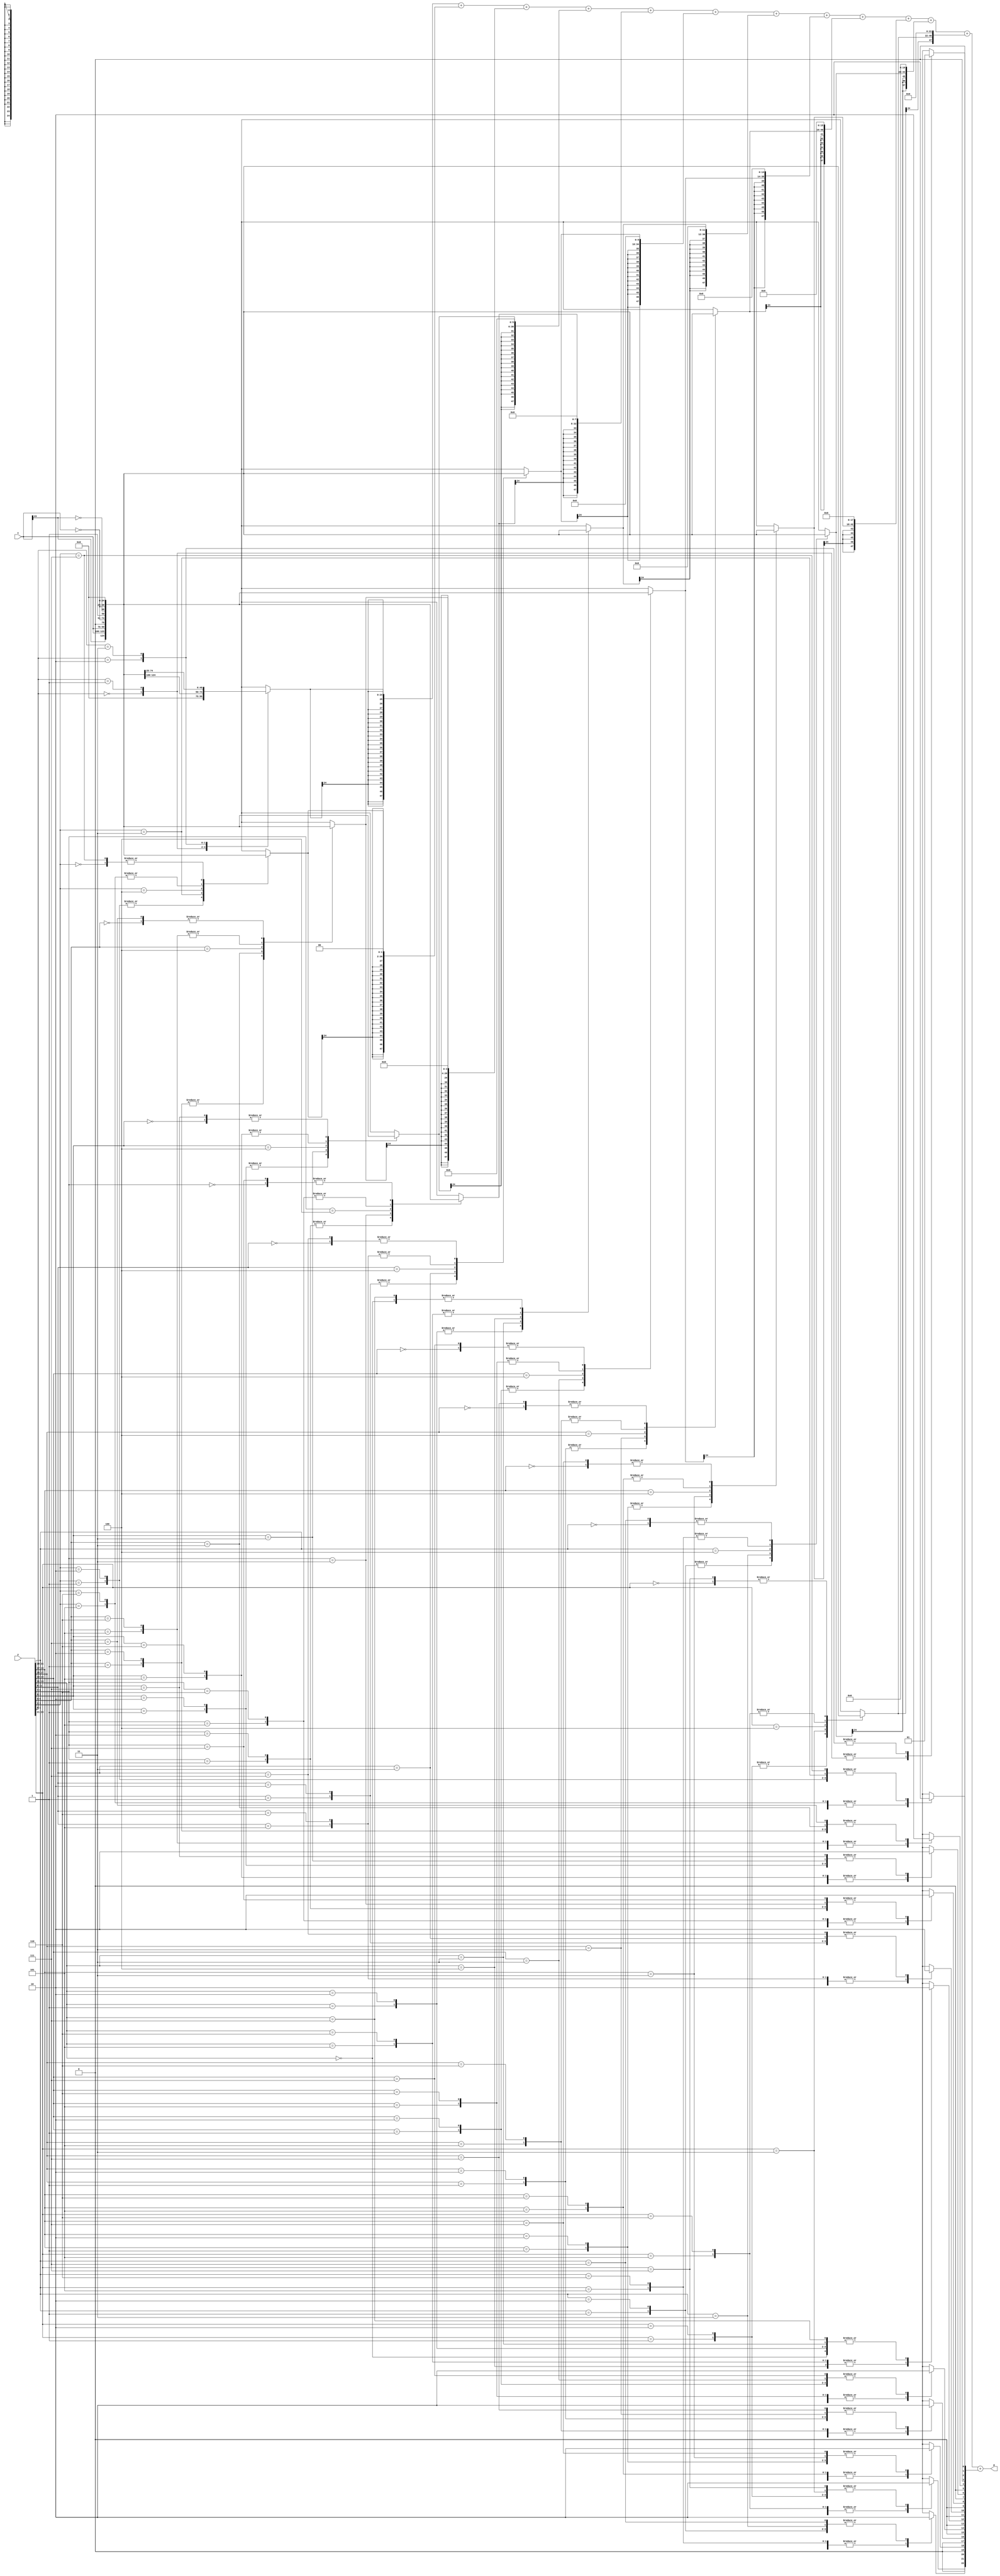
// behavioral model for a Booth-encoded 24x24 fixed width signed multiplier
// 24-bit output => interpreted as a 24-bit signed number

module booth24f(x, y, p);

input  [23:0] x, y;
output [47:0] p;
//output [23:0] p;

reg [24:0] a, b, c, d , e, f , g , h , i , j , k , l;
reg u0, u1, u2, u3, u4 , u5 , u6 ,  u7 , u8 , u9 , u10 , u11;
reg [11:0] y1;

wire [5:0] sum;
wire [47:0] pp0,pp1,pp2,pp3,pp4,pp5,pp6,pp7,pp8,pp9,pp10,pp11,pp12;
wire a_carry_0, a_carry_1 , a_carry_2 , a_carry_3 , a_carry_4 , a_carry_5;

wire [6:0]   s1;
wire [8:0]   s2;
wire [10:0]  s3;
wire [12:0]  s4;
wire [14:0]  s5;
wire [16:0]  s6;
wire [18:0]  s7;
wire [20:0]  s8;
wire [22:0]  s9;
wire [24:0]  s10;

wire [6:0]   c1;
wire [8:0]   c2;
wire [10:0]  c3;
wire [12:0]  c4;
wire [14:0]  c5;
wire [16:0]  c6;
wire [18:0]  c7;
wire [20:0]  c8;
wire [22:0]  c9;
wire [24:0]  c10;

// perform the booth encoding
always @(x or y) begin

case (y[1:0])
2'b00 : begin a = 25'b000000000000000000000000; u0 = 0; y1[0]=0; end // 0
2'b01 : begin a = {x[23], x[23:0]};  u0 = 0;            y1[0]=1; end // 1
2'b10 : begin a = {~x[23:0], 1'b1}; u0 = 1;             y1[0]=1; end // -2
2'b11 : begin a = {~x[23], ~x[23:0]}; u0 = 1;           y1[0]=1; end // -1
endcase

case (y[3:1])
3'b000 : begin b = 25'b000000000000000000000000; u1 = 0; y1[1] = 0; end // 0
3'b001 : begin b = {x[23], x[23:0]}; u1 = 0;  y1[1] = 1; end // 1
3'b010 : begin b = {x[23], x[23:0]}; u1 = 0; y1[1] = 1; end // 1
3'b011 : begin b = {x[23:0], 1'b0}; u1 = 0; y1[1] = 1; end // 2
3'b100 : begin b = {~x[23:0], 1'b1}; u1 = 1; y1[1] = 1; end // -2
3'b101 : begin b = {~x[23], ~x[23:0]}; u1 = 1; y1[1] = 1; end // -1
3'b110 : begin b = {~x[23], ~x[23:0]}; u1 = 1; y1[1] = 1; end // -1
3'b111 : begin b = 25'b000000000000000000000000; u1 = 0;  y1[1] = 0; end // 0
endcase

case (y[5:3])
3'b000 : begin c = 25'b000000000000000000000000; u2 = 0; y1[2] = 0; end // 0
3'b001 : begin c = {x[23], x[23:0]}; u2 = 0;  y1[2] = 1; end // 1
3'b010 : begin c = {x[23], x[23:0]}; u2 = 0; y1[2] = 1; end // 1
3'b011 : begin c = {x[23:0], 1'b0}; u2 = 0; y1[2] = 1; end // 2
3'b100 : begin c = {~x[23:0], 1'b1}; u2 = 1; y1[2] = 1; end // -2
3'b101 : begin c = {~x[23], ~x[23:0]}; u2 = 1; y1[2] = 1; end // -1
3'b110 : begin c = {~x[23], ~x[23:0]}; u2 = 1; y1[2] = 1; end // -1
3'b111 : begin c = 25'b000000000000000000000000; u2 = 0;  y1[2] = 0; end // 0
endcase

case (y[7:5])
3'b000 : begin d = 25'b000000000000000000000000; u3 = 0; y1[3] = 0; end // 0
3'b001 : begin d = {x[23], x[23:0]}; u3 = 0;  y1[3] = 1; end // 1
3'b010 : begin d = {x[23], x[23:0]}; u3 = 0; y1[3] = 1; end // 1
3'b011 : begin d = {x[23:0], 1'b0}; u3 = 0; y1[3] = 1; end // 2
3'b100 : begin d = {~x[23:0], 1'b1}; u3 = 1; y1[3] = 1; end // -2
3'b101 : begin d = {~x[23], ~x[23:0]}; u3 = 1; y1[3] = 1; end // -1
3'b110 : begin d = {~x[23], ~x[23:0]}; u3 = 1; y1[3] = 1; end // -1
3'b111 : begin d = 25'b000000000000000000000000; u3 = 0;  y1[3] = 0; end // 0
endcase


case (y[9:7])
3'b000 : begin e = 25'b000000000000000000000000; u4 = 0; y1[4] = 0; end // 0
3'b001 : begin e = {x[23], x[23:0]}; u4 = 0;  y1[4] = 1; end // 1
3'b010 : begin e = {x[23], x[23:0]}; u4 = 0; y1[4] = 1; end // 1
3'b011 : begin e = {x[23:0], 1'b0}; u4 = 0; y1[4] = 1; end // 2
3'b100 : begin e = {~x[23:0], 1'b1}; u4 = 1; y1[4] = 1; end // -2
3'b101 : begin e = {~x[23], ~x[23:0]}; u4 = 1; y1[4] = 1; end // -1
3'b110 : begin e = {~x[23], ~x[23:0]}; u4 = 1; y1[4] = 1; end // -1
3'b111 : begin e = 25'b000000000000000000000000; u4 = 0;  y1[4] = 0; end // 0
endcase

case (y[11:9])
3'b000 : begin f = 25'b000000000000000000000000; u5 = 0; y1[5] = 0; end // 0
3'b001 : begin f = {x[23], x[23:0]}; u5 = 0;  y1[5] = 1; end // 1
3'b010 : begin f = {x[23], x[23:0]}; u5 = 0; y1[5] = 1; end // 1
3'b011 : begin f = {x[23:0], 1'b0}; u5 = 0; y1[5] = 1; end // 2
3'b100 : begin f = {~x[23:0], 1'b1}; u5 = 1; y1[5] = 1; end // -2
3'b101 : begin f = {~x[23], ~x[23:0]}; u5 = 1; y1[5] = 1; end // -1
3'b110 : begin f = {~x[23], ~x[23:0]}; u5 = 1; y1[5] = 1; end // -1
3'b111 : begin f = 25'b000000000000000000000000; u5 = 0;  y1[5] = 0; end // 0
endcase

case (y[13:11])
3'b000 : begin g = 25'b000000000000000000000000; u6 = 0; y1[6] = 0; end // 0
3'b001 : begin g = {x[23], x[23:0]}; u6 = 0;  y1[6] = 1; end // 1
3'b010 : begin g = {x[23], x[23:0]}; u6 = 0; y1[6] = 1; end // 1
3'b011 : begin g = {x[23:0], 1'b0}; u6 = 0; y1[6] = 1; end // 2
3'b100 : begin g = {~x[23:0], 1'b1}; u6 = 1; y1[6] = 1; end // -2
3'b101 : begin g = {~x[23], ~x[23:0]}; u6 = 1; y1[6] = 1; end // -1
3'b110 : begin g = {~x[23], ~x[23:0]}; u6 = 1; y1[6] = 1; end // -1
3'b111 : begin g = 25'b000000000000000000000000; u6 = 0;  y1[6] = 0; end // 0
endcase

case (y[15:13])
3'b000 : begin h = 25'b000000000000000000000000; u7 = 0; y1[7] = 0; end // 0
3'b001 : begin h = {x[23], x[23:0]}; u7 = 0;  y1[7] = 1; end // 1
3'b010 : begin h = {x[23], x[23:0]}; u7 = 0; y1[7] = 1; end // 1
3'b011 : begin h = {x[23:0], 1'b0}; u7 = 0; y1[7] = 1; end // 2
3'b100 : begin h = {~x[23:0], 1'b1}; u7 = 1; y1[7] = 1; end // -2
3'b101 : begin h = {~x[23], ~x[23:0]}; u7 = 1; y1[7] = 1; end // -1
3'b110 : begin h = {~x[23], ~x[23:0]}; u7 = 1; y1[7] = 1; end // -1
3'b111 : begin h = 25'b000000000000000000000000; u7 = 0;  y1[7] = 0; end // 0
endcase

case (y[17:15])
3'b000 : begin i = 25'b000000000000000000000000; u8 = 0; y1[8] = 0; end // 0
3'b001 : begin i = {x[23], x[23:0]}; u8 = 0;  y1[8] = 1; end // 1
3'b010 : begin i = {x[23], x[23:0]}; u8 = 0; y1[8] = 1; end // 1
3'b011 : begin i = {x[23:0], 1'b0}; u8 = 0; y1[8] = 1; end // 2
3'b100 : begin i = {~x[23:0], 1'b1}; u8 = 1; y1[8] = 1; end // -2
3'b101 : begin i = {~x[23], ~x[23:0]}; u8 = 1; y1[8] = 1; end // -1
3'b110 : begin i = {~x[23], ~x[23:0]}; u8 = 1; y1[8] = 1; end // -1
3'b111 : begin i = 25'b000000000000000000000000; u8 = 0;  y1[8] = 0; end // 0
endcase

case (y[19:17])
3'b000 : begin j = 25'b000000000000000000000000; u9 = 0; y1[9] = 0; end // 0
3'b001 : begin j = {x[23], x[23:0]}; u9 = 0;  y1[9] = 1; end // 1
3'b010 : begin j = {x[23], x[23:0]}; u9 = 0; y1[9] = 1; end // 1
3'b011 : begin j = {x[23:0], 1'b0}; u9 = 0; y1[9] = 1; end // 2
3'b100 : begin j = {~x[23:0], 1'b1}; u9 = 1; y1[9] = 1; end // -2
3'b101 : begin j = {~x[23], ~x[23:0]}; u9 = 1; y1[9] = 1; end // -1
3'b110 : begin j = {~x[23], ~x[23:0]}; u9 = 1; y1[9] = 1; end // -1
3'b111 : begin j = 25'b000000000000000000000000; u9 = 0;  y1[9] = 0; end // 0
endcase

case (y[21:19])
3'b000 : begin k = 25'b000000000000000000000000; u10 = 0; y1[10] = 0; end // 0
3'b001 : begin k = {x[23], x[23:0]}; u10 = 0;  y1[10] = 1; end // 1
3'b010 : begin k = {x[23], x[23:0]}; u10 = 0; y1[10] = 1; end // 1
3'b011 : begin k = {x[23:0], 1'b0}; u10 = 0; y1[10] = 1; end // 2
3'b100 : begin k = {~x[23:0], 1'b1}; u10 = 1; y1[10] = 1; end // -2
3'b101 : begin k = {~x[23], ~x[23:0]}; u10 = 1; y1[10] = 1; end // -1
3'b110 : begin k = {~x[23], ~x[23:0]}; u10 = 1; y1[10] = 1; end // -1
3'b111 : begin k = 25'b000000000000000000000000; u10 = 0;  y1[10] = 0; end // 0
endcase

case (y[23:21])
3'b000 : begin l = 25'b000000000000000000000000; u11 = 0; y1[11] = 0; end // 0
3'b001 : begin l = {x[23], x[23:0]}; u11 = 0;  y1[11] = 1; end // 1
3'b010 : begin l = {x[23], x[23:0]}; u11 = 0; y1[11] = 1; end // 1
3'b011 : begin l = {x[23:0], 1'b0}; u11 = 0; y1[11] = 1; end // 2
3'b100 : begin l = {~x[23:0], 1'b1}; u11 = 1; y1[11] = 1; end // -2
3'b101 : begin l = {~x[23], ~x[23:0]}; u11 = 1; y1[11] = 1; end // -1
3'b110 : begin l = {~x[23], ~x[23:0]}; u11 = 1; y1[11] = 1; end // -1
3'b111 : begin l = 25'b000000000000000000000000; u11 = 0;  y1[11] = 0; end // 0
endcase
end 


assign pp0 = {
a[24],
a[24],
a[24],
a[24],
a[24],
a[24],
a[24],
a[24],
a[24],
a[24],
a[24],
a[24],
a[24],
a[24],
a[24],
a[24],
a[24],
a[24],
a[24],
a[24],
a[24],
a[24],
a[24],
a[24:0]};

assign pp1 = {
b[24],
b[24],
b[24],
b[24],
b[24],
b[24],
b[24],
b[24],
b[24],
b[24],
b[24],
b[24],
b[24],
b[24],
b[24],
b[24],
b[24],
b[24],
b[24],
b[24],
b[24],
b[24:0],
2'b00};

assign pp2 = {
c[24],
c[24],
c[24],
c[24],
c[24],
c[24],
c[24],
c[24],
c[24],
c[24],
c[24],
c[24],
c[24],
c[24],
c[24],
c[24],
c[24],
c[24],
c[24],
c[24:0],
4'b0000
};

assign pp3 = {
d[24],
d[24],
d[24],
d[24],
d[24],
d[24],
d[24],
d[24],
d[24],
d[24],
d[24],
d[24],
d[24],
d[24],
d[24],
d[24],
d[24],
d[24:0],
6'b0
};

assign pp4 = {
e[24],
e[24],
e[24],
e[24],
e[24],
e[24],
e[24],
e[24],
e[24],
e[24],
e[24],
e[24],
e[24],
e[24],
e[24],
e[24:0],
8'b0
};

assign pp5 = {
f[24],
f[24],
f[24],
f[24],
f[24],
f[24],
f[24],
f[24],
f[24],
f[24],
f[24],
f[24],
f[24],
f[24:0],
10'b0
};

assign pp6 ={
g[24],
g[24],
g[24],
g[24],
g[24],
g[24],
g[24],
g[24],
g[24],
g[24],
g[24],
g[24:0],
12'b0
};

assign pp7 ={
h[24],
h[24],
h[24],
h[24],
h[24],
h[24],
h[24],
h[24],
h[24],
h[24:0],
14'b0
};

assign pp8 ={
i[24],
i[24],
i[24],
i[24],
i[24],
i[24],
i[24],
i[24:0],
16'b0
};

assign pp9 ={
j[24],
j[24],
j[24],
j[24],
j[24],
j[24:0],
18'b0
};

assign pp10 ={
k[24],
k[24],
k[24],
k[24:0],
20'b0
};

assign pp11 ={
l[24],
l[24:0],
22'b0
};

assign pp12 = {
25'b0,u11,
1'b0,u10,
1'b0,u9,
1'b0,u8,
1'b0,u7,
1'b0,u6,
1'b0,u5,
1'b0,u4,
1'b0,u3,
1'b0,u2,
1'b0,u1,
1'b0,u0
};

assign p =pp0+pp1+pp2+pp3+pp4+pp5+pp6+pp7+pp8+pp9+pp10+pp11+pp12;

endmodule

//always@(*)
//begin

//fulladd fa0(sum[0], 0, y1[0], y1[1], y1[2]);
//fulladd fa1(sum[1], 0, y1[3], y1[4], y1[5]);
//fulladd fa2(sum[2], 0, y1[6], y1[7], y1[8]);
//fulladd fa3(sum[3], 0, y1[9], y1[10], y1[11]);
//fulladd fa4(sum[4], 0, sum[0], sum[1], sum[2]);
//fulladd fa5(sum[5], 0, sum[4], sum[3], 1'b1);
//
////stage 1
//halfadd ha1 (s1 [0], c1 [0],  b  [20], a[22] );
//halfadd ha2 (s2 [0], c2 [0],  s1 [0] , c[18] );
//fulladd fa6 (s3 [0], c3 [0],  s2 [0] , d[16], e[14]    );
//fulladd fa7 (s4 [0], c4 [0],  s3 [0] , f[12], a_carry_0);
//fulladd fa8 (s5 [0], c5 [0],  s4 [0] , g[10], a_carry_1);
//fulladd fa9 (s6 [0], c6 [0],  s5 [0] , h[8] , a_carry_2);
//fulladd fa10(s7 [0], c7 [0],  s6 [0] , i[6] , a_carry_3);
//fulladd fa11(s8 [0], c8 [0],  s7 [0] , j[4] , a_carry_4);
//fulladd fa12(s9 [0], c9 [0],  s8 [0] , k[2] , a_carry_5);
//fulladd fa13(s10[0],c10 [0],  s9 [0] , l[0] , u11      );
//
////stage2
//fulladd fa14 (s1 [1], c1 [1],  a  [23], b [21] , c[19]    );
//fulladd fa15 (s2 [1], c2 [1],  s1 [1] , c1 [0] , d[17]    );
//fulladd fa16 (s3 [1], c3 [1],  s2 [1] , c2 [0] , e[15]    );
//fulladd fa17 (s4 [1], c4 [1],  s3 [1] , c3 [0] , f[13]    );
//fulladd fa18 (s5 [1], c5 [1],  s4 [1] , c4 [0] , g[11]    );
//fulladd fa19 (s6 [1], c6 [1],  s5 [1] , c5 [0] , h[9]     );
//fulladd fa20 (s7 [1], c7 [1],  s6 [1] , c6 [0] , i[7]     );
//fulladd fa21 (s8 [1], c8 [1],  s7 [1] , c7 [0] , j[5]     );
//fulladd fa22 (s9 [1], c9 [1],  s8 [1] , c8 [0] , k[3]     );
//fulladd fa23 (s10[1],c10 [1],  s9 [1] , c9 [0] , l[1]     );
//
////stage3
//fulladd fa24 (s1 [2], c1 [2],  a  [24], b [22] , c[20]    );
//fulladd fa25 (s2 [2], c2 [2],  s1 [2] , c1 [1] , d[18]    );
//fulladd fa26 (s3 [2], c3 [2],  s2 [2] , c2 [1] , e[16]    );
//fulladd fa27 (s4 [2], c4 [2],  s3 [2] , c3 [1] , f[14]    );
//fulladd fa28 (s5 [2], c5 [2],  s4 [2] , c4 [1] , g[12]    );
//fulladd fa29 (s6 [2], c6 [2],  s5 [2] , c5 [1] , h[10]    );
//fulladd fa30 (s7 [2], c7 [2],  s6 [2] , c6 [1] , i[8]     );
//fulladd fa31 (s8 [2], c8 [2],  s7 [2] , c7 [1] , j[6]     );
//fulladd fa32 (s9 [2], c9 [2],  s8 [2] , c8 [1] , k[4]     );
//fulladd fa33 (s10[2],c10 [2],  s9 [2] , c9 [1] , l[2]     );
//
////stage4
//fulladd fa34 (s1 [3], c1 [3],  ~a [24], ~b [23], c[21]    );
//fulladd fa35 (s2 [3], c2 [3],  s1 [3] , c1 [2] , d[19]    );
//fulladd fa36 (s3 [3], c3 [3],  s2 [3] , c2 [2] , e[17]    );
//fulladd fa37 (s4 [3], c4 [3],  s3 [3] , c3 [2] , f[15]    );
//fulladd fa38 (s5 [3], c5 [3],  s4 [3] , c4 [2] , g[13]    );
//fulladd fa39 (s6 [3], c6 [3],  s5 [3] , c5 [2] , h[11]    );
//fulladd fa40 (s7 [3], c7 [3],  s6 [3] , c6 [2] , i[9]     );
//fulladd fa41 (s8 [3], c8 [3],  s7 [3] , c7 [2] , j[7]     );
//fulladd fa42 (s9 [3], c9 [3],  s8 [3] , c8 [2] , k[5]     );
//fulladd fa43 (s10[3],c10 [3],  s9 [3] , c9 [2] , l[3]     );
//
////stage5
//fulladd fa44 (s1 [4], c1 [4],  b  [23], ~b [24], c[22]    );
//fulladd fa45 (s2 [4], c2 [4],  s1 [4] , c1 [3] , d[20]    );
//fulladd fa46 (s3 [4], c3 [4],  s2 [4] , c2 [3] , e[18]    );
//fulladd fa47 (s4 [4], c4 [4],  s3 [4] , c3 [3] , f[16]    );
//fulladd fa48 (s5 [4], c5 [4],  s4 [4] , c4 [3] , g[14]    );
//fulladd fa49 (s6 [4], c6 [4],  s5 [4] , c5 [3] , h[12]    );
//fulladd fa50 (s7 [4], c7 [4],  s6 [4] , c6 [3] , i[10]    );
//fulladd fa51 (s8 [4], c8 [4],  s7 [4] , c7 [3] , j[8]     );
//fulladd fa52 (s9 [4], c9 [4],  s8 [4] , c8 [3] , k[6]     );
//fulladd fa53 (s10[4],c10 [4],  s9 [4] , c9 [3] , l[4]     );
//
////stage6
//halfadd ha3  (s1 [5], c1 [5],  b  [24], ~c [23]           );
//fulladd fa54 (s2 [5], c2 [5],  s1 [5] , c1 [4] , d[21]    );
//fulladd fa55 (s3 [5], c3 [5],  s2 [5] , c2 [4] , e[19]    );
//fulladd fa56 (s4 [5], c4 [5],  s3 [5] , c3 [4] , f[17]    );
//fulladd fa57 (s5 [5], c5 [5],  s4 [5] , c4 [4] , g[15]    );
//fulladd fa58 (s6 [5], c6 [5],  s5 [5] , c5 [4] , h[13]    );
//fulladd fa59 (s7 [5], c7 [5],  s6 [5] , c6 [4] , i[11]    );
//fulladd fa60 (s8 [5], c8 [5],  s7 [5] , c7 [4] , j[9]     );
//fulladd fa61 (s9 [5], c9 [5],  s8 [5] , c8 [4] , k[7]     );
//fulladd fa62 (s10[5],c10 [5],  s9 [5] , c9 [4] , l[5]     );
//
////stage7
//halfadd ha4  (s1 [6], c1 [6],  c  [23], ~c [24]           );
//fulladd fa63 (s2 [6], c2 [6],  s1 [6] , c1 [5] , d[22]    );
//fulladd fa64 (s3 [6], c3 [6],  s2 [6] , c2 [5] , e[20]    );
//fulladd fa65 (s4 [6], c4 [6],  s3 [6] , c3 [5] , f[18]    );
//fulladd fa66 (s5 [6], c5 [6],  s4 [6] , c4 [5] , g[16]    );
//fulladd fa67 (s6 [6], c6 [6],  s5 [6] , c5 [5] , h[14]    );
//fulladd fa68 (s7 [6], c7 [6],  s6 [6] , c6 [5] , i[12]    );
//fulladd fa69 (s8 [6], c8 [6],  s7 [6] , c7 [5] , j[10]    );
//fulladd fa70 (s9 [6], c9 [6],  s8 [6] , c8 [5] , k[8]     );
//fulladd fa71 (s10[6],c10 [6],  s9 [6] , c9 [5] , l[6]     );
//
////stage8
//halfadd ha5  (s2 [7], c2 [7],  c1 [6] , ~d[23]            );
//fulladd fa72 (s3 [7], c3 [7],  s2 [7] , c2 [6] , e[21]    );
//fulladd fa73 (s4 [7], c4 [7],  s3 [7] , c3 [6] , f[19]    );
//fulladd fa74 (s5 [7], c5 [7],  s4 [7] , c4 [6] , g[17]    );
//fulladd fa75 (s6 [7], c6 [7],  s5 [7] , c5 [6] , h[15]    );
//fulladd fa76 (s7 [7], c7 [7],  s6 [7] , c6 [6] , i[13]    );
//fulladd fa77 (s8 [7], c8 [7],  s7 [7] , c7 [6] , j[11]    );
//fulladd fa78 (s9 [7], c9 [7],  s8 [7] , c8 [6] , k[9]     );
//fulladd fa79 (s10[7],c10 [7],  s9 [7] , c9 [6] , l[7]     );
//
////stage9
//halfadd ha6  (s2 [8], c2 [8],  d [23] , ~d[24]            );
//fulladd fa80 (s3 [8], c3 [8],  s2 [8] , c2 [7] , e[22]    );
//fulladd fa81 (s4 [8], c4 [8],  s3 [8] , c3 [7] , f[20]    );
//fulladd fa82 (s5 [8], c5 [8],  s4 [8] , c4 [7] , g[18]    );
//fulladd fa83 (s6 [8], c6 [8],  s5 [8] , c5 [7] , h[16]    );
//fulladd fa84 (s7 [8], c7 [8],  s6 [8] , c6 [7] , i[14]    );
//fulladd fa85 (s8 [8], c8 [8],  s7 [8] , c7 [7] , j[12]    );
//fulladd fa86 (s9 [8], c9 [8],  s8 [8] , c8 [7] , k[10]    );
//fulladd fa87 (s10[8],c10 [8],  s9 [8] , c9 [7] , l[8]     );
//
////stage10
//halfadd ha7  (s3 [9], c3 [9],  s2 [8] , ~e[23]            );
//fulladd fa88 (s4 [9], c4 [9],  s3 [9] , c3 [8] , f[21]    );
//fulladd fa89 (s5 [9], c5 [9],  s4 [9] , c4 [8] , g[19]    );
//fulladd fa90 (s6 [9], c6 [9],  s5 [9] , c5 [8] , h[17]    );
//fulladd fa91 (s7 [9], c7 [9],  s6 [9] , c6 [8] , i[15]    );
//fulladd fa92 (s8 [9], c8 [9],  s7 [9] , c7 [8] , j[13]    );
//fulladd fa93 (s9 [9], c9 [9],  s8 [9] , c8 [8] , k[11]    );
//fulladd fa94 (s10[9],c10 [9],  s9 [9] , c9 [8] , l[9]     );
//
////stage11
//halfadd ha8  (s3 [10], c3 [10],  e [23]  , ~e[24]            );
//fulladd fa95 (s4 [10], c4 [10],  s3 [10] , c3 [9] , f[22]    );
//fulladd fa96 (s5 [10], c5 [10],  s4 [10] , c4 [9] , g[20]    );
//fulladd fa97 (s6 [10], c6 [10],  s5 [10] , c5 [9] , h[18]    );
//fulladd fa98 (s7 [10], c7 [10],  s6 [10] , c6 [9] , i[16]    );
//fulladd fa99 (s8 [10], c8 [10],  s7 [10] , c7 [9] , j[14]    );
//fulladd fa100(s9 [10], c9 [10],  s8 [10] , c8 [9] , k[12]    );
//fulladd fa101(s10[10],c10 [10],  s9 [10] , c9 [9] , l[10]    );
//
////stage12
//halfadd ha9   (s4 [11], c4 [11],  c3 [10] , ~f [23]            );
//fulladd fa102 (s5 [11], c5 [11],  s4 [11] , c4 [10] , g[21]    );
//fulladd fa103 (s6 [11], c6 [11],  s5 [11] , c5 [10] , h[19]    );
//fulladd fa104 (s7 [11], c7 [11],  s6 [11] , c6 [10] , i[17]    );
//fulladd fa105 (s8 [11], c8 [11],  s7 [11] , c7 [10] , j[15]    );
//fulladd fa106 (s9 [11], c9 [11],  s8 [11] , c8 [10] , k[13]    );
//fulladd fa107 (s10[11],c10 [11],  s9 [11] , c9 [10] , l[11]    );
//
////stage13
//halfadd ha10  (s4 [12], c4 [12],  f  [23] , ~f [24]            );
//fulladd fa108 (s5 [12], c5 [12],  s4 [12] , c4 [11] , g[22]    );
//fulladd fa109 (s6 [12], c6 [12],  s5 [12] , c5 [11] , h[20]    );
//fulladd fa110 (s7 [12], c7 [12],  s6 [12] , c6 [11] , i[18]    );
//fulladd fa111 (s8 [12], c8 [12],  s7 [12] , c7 [11] , j[16]    );
//fulladd fa112 (s9 [12], c9 [12],  s8 [12] , c8 [11] , k[14]    );
//fulladd fa113 (s10[12],c10 [12],  s9 [12] , c9 [11] , l[12]    );
//
////stage14
//halfadd ha11  (s5 [13], c5 [13],  c4 [12] , ~g [23]            );
//fulladd fa114 (s6 [13], c6 [13],  s5 [13] , c5 [12] , h[21]    );
//fulladd fa115 (s7 [13], c7 [13],  s6 [13] , c6 [12] , i[19]    );
//fulladd fa116 (s8 [13], c8 [13],  s7 [13] , c7 [12] , j[17]    );
//fulladd fa117 (s9 [13], c9 [13],  s8 [13] , c8 [12] , k[15]    );
//fulladd fa118 (s10[13],c10 [13],  s9 [13] , c9 [12] , l[13]    );
//
////stage15
//halfadd ha12  (s5 [14], c5 [14],   g [23] , ~g [24]            );
//fulladd fa119 (s6 [14], c6 [14],  s5 [14] , c5 [13] , h[22]    );
//fulladd fa120 (s7 [14], c7 [14],  s6 [14] , c6 [13] , i[20]    );
//fulladd fa121 (s8 [14], c8 [14],  s7 [14] , c7 [13] , j[18]    );
//fulladd fa122 (s9 [14], c9 [14],  s8 [14] , c8 [13] , k[16]    );
//fulladd fa123 (s10[14],c10 [14],  s9 [14] , c9 [13] , l[14]    );
//
////stage16
//halfadd ha13  (s6 [15], c6 [15],  c5 [14] , ~h[23]             );
//fulladd fa124 (s7 [15], c7 [15],  s6 [15] , c6 [14] , i[21]    );
//fulladd fa125 (s8 [15], c8 [15],  s7 [15] , c7 [14] , j[19]    );
//fulladd fa126 (s9 [15], c9 [15],  s8 [15] , c8 [14] , k[17]    );
//fulladd fa127 (s10[15],c10 [15],  s9 [15] , c9 [14] , l[15]    );
//
////stage17
//halfadd ha14  (s6 [16], c6 [16],   h[23] , ~h[24]            );
//fulladd fa128 (s7 [16], c7 [16],  s6[16] , c6[15] , i[22]    );
//fulladd fa129 (s8 [16], c8 [16],  s7[16] , c7[15] , j[20]    );
//fulladd fa130 (s9 [16], c9 [16],  s8[16] , c8[15] , k[18]    );
//fulladd fa131 (s10[16],c10 [16],  s9[16] , c9[15] , l[16]    );
//
////stage18
//halfadd ha15  (s7 [17], c7 [17],  c6[16] , ~i[23]    );
//fulladd fa132 (s8 [17], c8 [17],  s7[17] , c7[16] , j[21]    );
//fulladd fa133 (s9 [17], c9 [17],  s8[17] , c8[16] , k[19]    );
//fulladd fa134 (s10[17],c10 [17],  s9[17] , c9[16] , l[17]    );
//
////stage19
//halfadd ha16  (s7 [18], c7 [18],   i[24] , ~i[24]    );
//fulladd fa135 (s8 [18], c8 [18],  s7[18] , c7[17] , j[22]    );
//fulladd fa136 (s9 [18], c9 [18],  s8[18] , c8[17] , k[20]    );
//fulladd fa137 (s10[18],c10 [18],  s9[18] , c9[17] , l[18]    );
//
////stage20
//halfadd ha17  (s8 [19], c8 [19],  c7[18] , ~j[23]    );
//fulladd fa138 (s9 [19], c9 [19],  s8[19] , c8[18] , k[21]    );
//fulladd fa139 (s10[19],c10 [19],  s9[19] , c9[18] , l[19]    );
//
////stage21
//halfadd ha18  (s8 [20], c8 [20],   j[23] , ~j[24]    );
//fulladd fa140 (s9 [20], c9 [20],  s8[20] , c8[19] , k[22]    );
//fulladd fa141 (s10[20],c10 [20],  s9[20] , c9[19] , l[20]    );
//
////stage22
//halfadd ha19  (s9 [21], c9 [21],  c8[20] , ~k[23]    );
//fulladd fa142 (s10[21],c10 [21],  s9[21] , c9[20] , l[21]    );
//
////stage23
//halfadd ha20  (s9 [22], c9 [22],   k[23] , ~k[24]    );
//fulladd fa143 (s10[22],c10 [22],  s9[22] , c9[21] , l[22]    );
//
////stage24
//halfadd ha21 (s10[23],c10 [23],  c9[22] , ~l[23]    );
//
////stage25
//halfadd ha22 (s10[24],c10 [24],  l[23] , ~l[24]    );